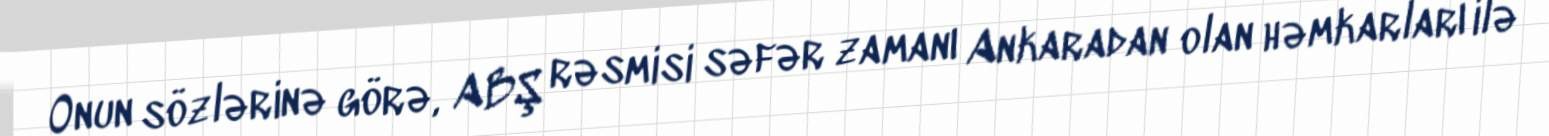
Onun sözlərinə görə, ABŞ rəsmisi səfər zamanı Ankaradan olan həmkarları ilə